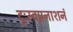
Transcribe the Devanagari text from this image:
दुःस्वप्ननाशनं